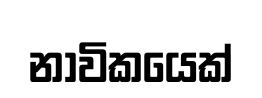
නාවිකයෙක්